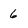
Character: 6